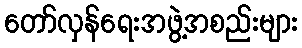
တော်လှန်ရေးအဖွဲ့အစည်းများ